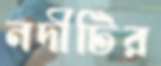
নদীটির